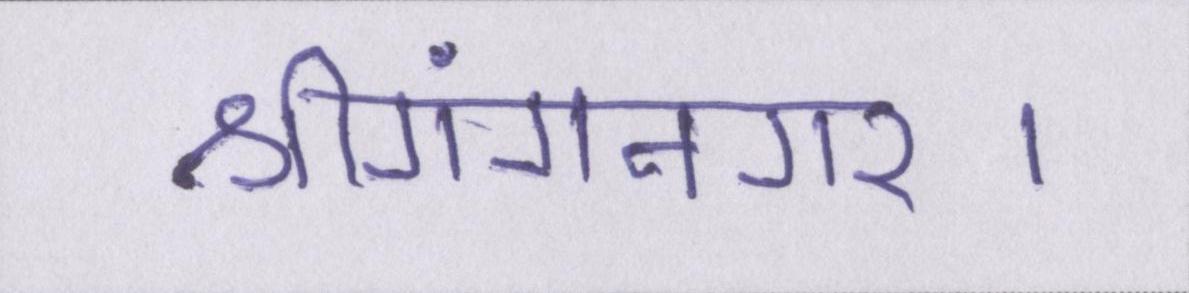
श्रीगंगानगर।